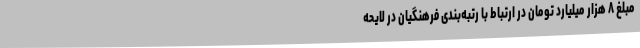
مبلغ ۸ هزار میلیارد تومان در ارتباط با رتبه‌بندی فرهنگیان در لایحه